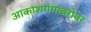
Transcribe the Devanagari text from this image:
आकाशगंगांबरोबर